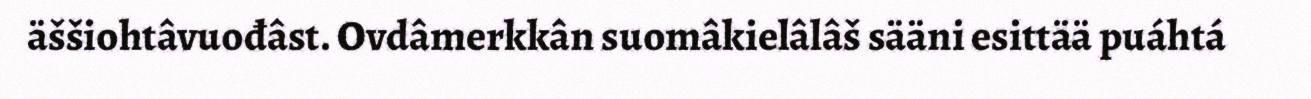
äššiohtâvuođâst. Ovdâmerkkân suomâkielâlâš sääni esittää puáhtá